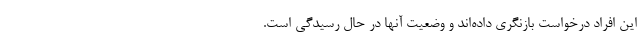
این افراد درخواست بازنگری داده‌اند و وضعیت آنها در حال رسیدگی است.